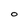
Character: 0